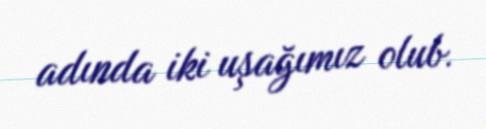
adında iki uşağımız olub.